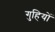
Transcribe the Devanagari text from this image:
गुहियों